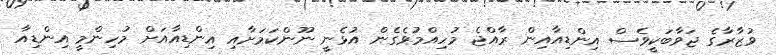
ވުޒާރާގެ ޖަވާބަކީވެސް އިންޑިއާއިން ރާއްޖެ މުހިއްމުވެގެން އުޅެނީ ނޫންކަމަށާއި އިންޑިއާއަށް މުހިންމީ އިންޑިއާ